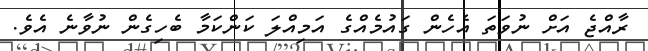
ރާއްޖެ އަށް ނުވަތަ އެހެން ގައުމެއްގެ އަމިއްލަ ކަންކަމާ ބެހިގެން ނުވާނެ އެވެ.